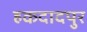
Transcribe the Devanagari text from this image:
हकदादपुर